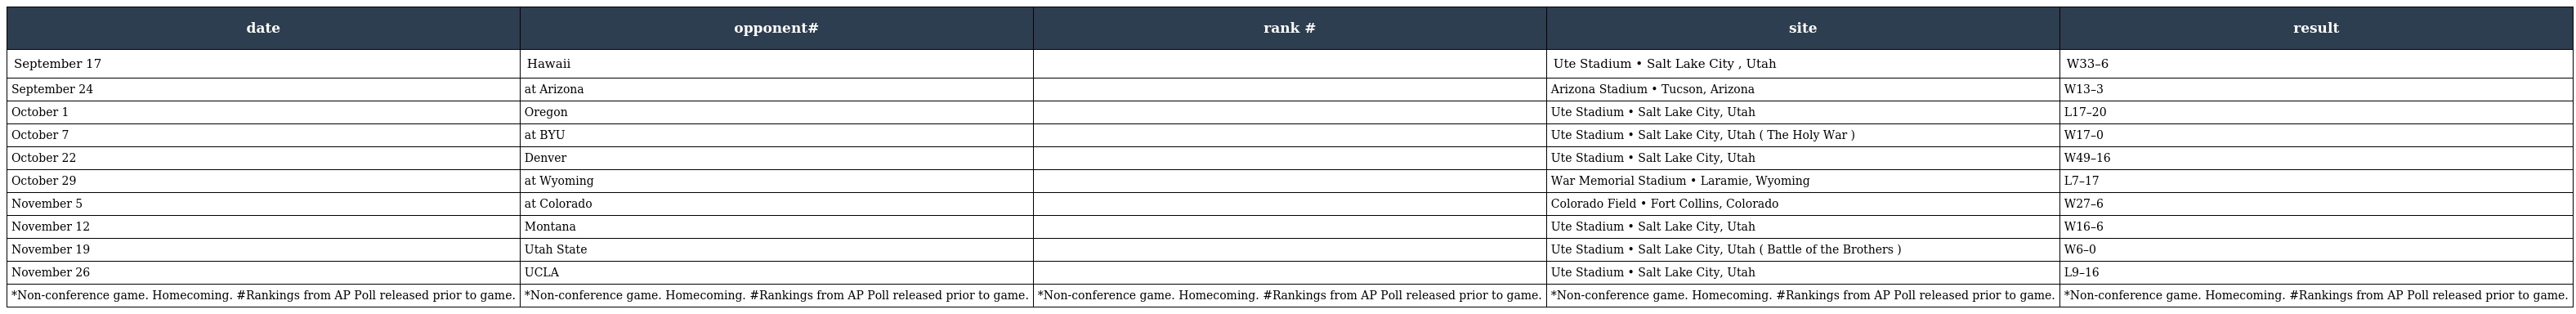
| date | opponent# | rank # | site | result |
 | --- | --- | --- | --- | --- |
 | September 17 | Hawaii |  | Ute Stadium • Salt Lake City , Utah | W33–6 |
 | September 24 | at Arizona |  | Arizona Stadium • Tucson, Arizona | W13–3 |
 | October 1 | Oregon |  | Ute Stadium • Salt Lake City, Utah | L17–20 |
 | October 7 | at BYU |  | Ute Stadium • Salt Lake City, Utah ( The Holy War ) | W17–0 |
 | October 22 | Denver |  | Ute Stadium • Salt Lake City, Utah | W49–16 |
 | October 29 | at Wyoming |  | War Memorial Stadium • Laramie, Wyoming | L7–17 |
 | November 5 | at Colorado |  | Colorado Field • Fort Collins, Colorado | W27–6 |
 | November 12 | Montana |  | Ute Stadium • Salt Lake City, Utah | W16–6 |
 | November 19 | Utah State |  | Ute Stadium • Salt Lake City, Utah ( Battle of the Brothers ) | W6–0 |
 | November 26 | UCLA |  | Ute Stadium • Salt Lake City, Utah | L9–16 |
 | *Non-conference game. Homecoming. #Rankings from AP Poll released prior to game. | *Non-conference game. Homecoming. #Rankings from AP Poll released prior to game. | *Non-conference game. Homecoming. #Rankings from AP Poll released prior to game. | *Non-conference game. Homecoming. #Rankings from AP Poll released prior to game. | *Non-conference game. Homecoming. #Rankings from AP Poll released prior to game. |